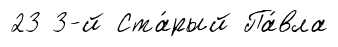
23 3-й Ста́рый Па́вла